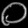
Digit: ၀